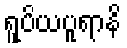
ရူပိယပူရာနိ